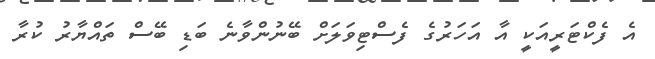
އެ ފެކްޓަރީއަކީ އާ އަހަރުގެ ފެސްޓިވަލަށް ބޭނުންވާނެ ބަޑި ބޭސް ތައްޔާރު ކުރާ